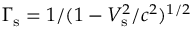
\Gamma _ { \mathrm { s } } = 1 / ( 1 - V _ { \mathrm { s } } ^ { 2 } / c ^ { 2 } ) ^ { 1 / 2 }